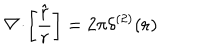
LaTeX: { \bf \nabla } \! \cdot \! \left[ \frac { \hat { \bf r } } { r } \right] = 2 \pi \delta ^ { ( 2 ) } ( { \bf r } ) \;